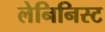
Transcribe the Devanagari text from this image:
लेनिनिस्ट